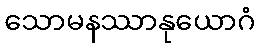
သောမနဿာနုယောဂံ